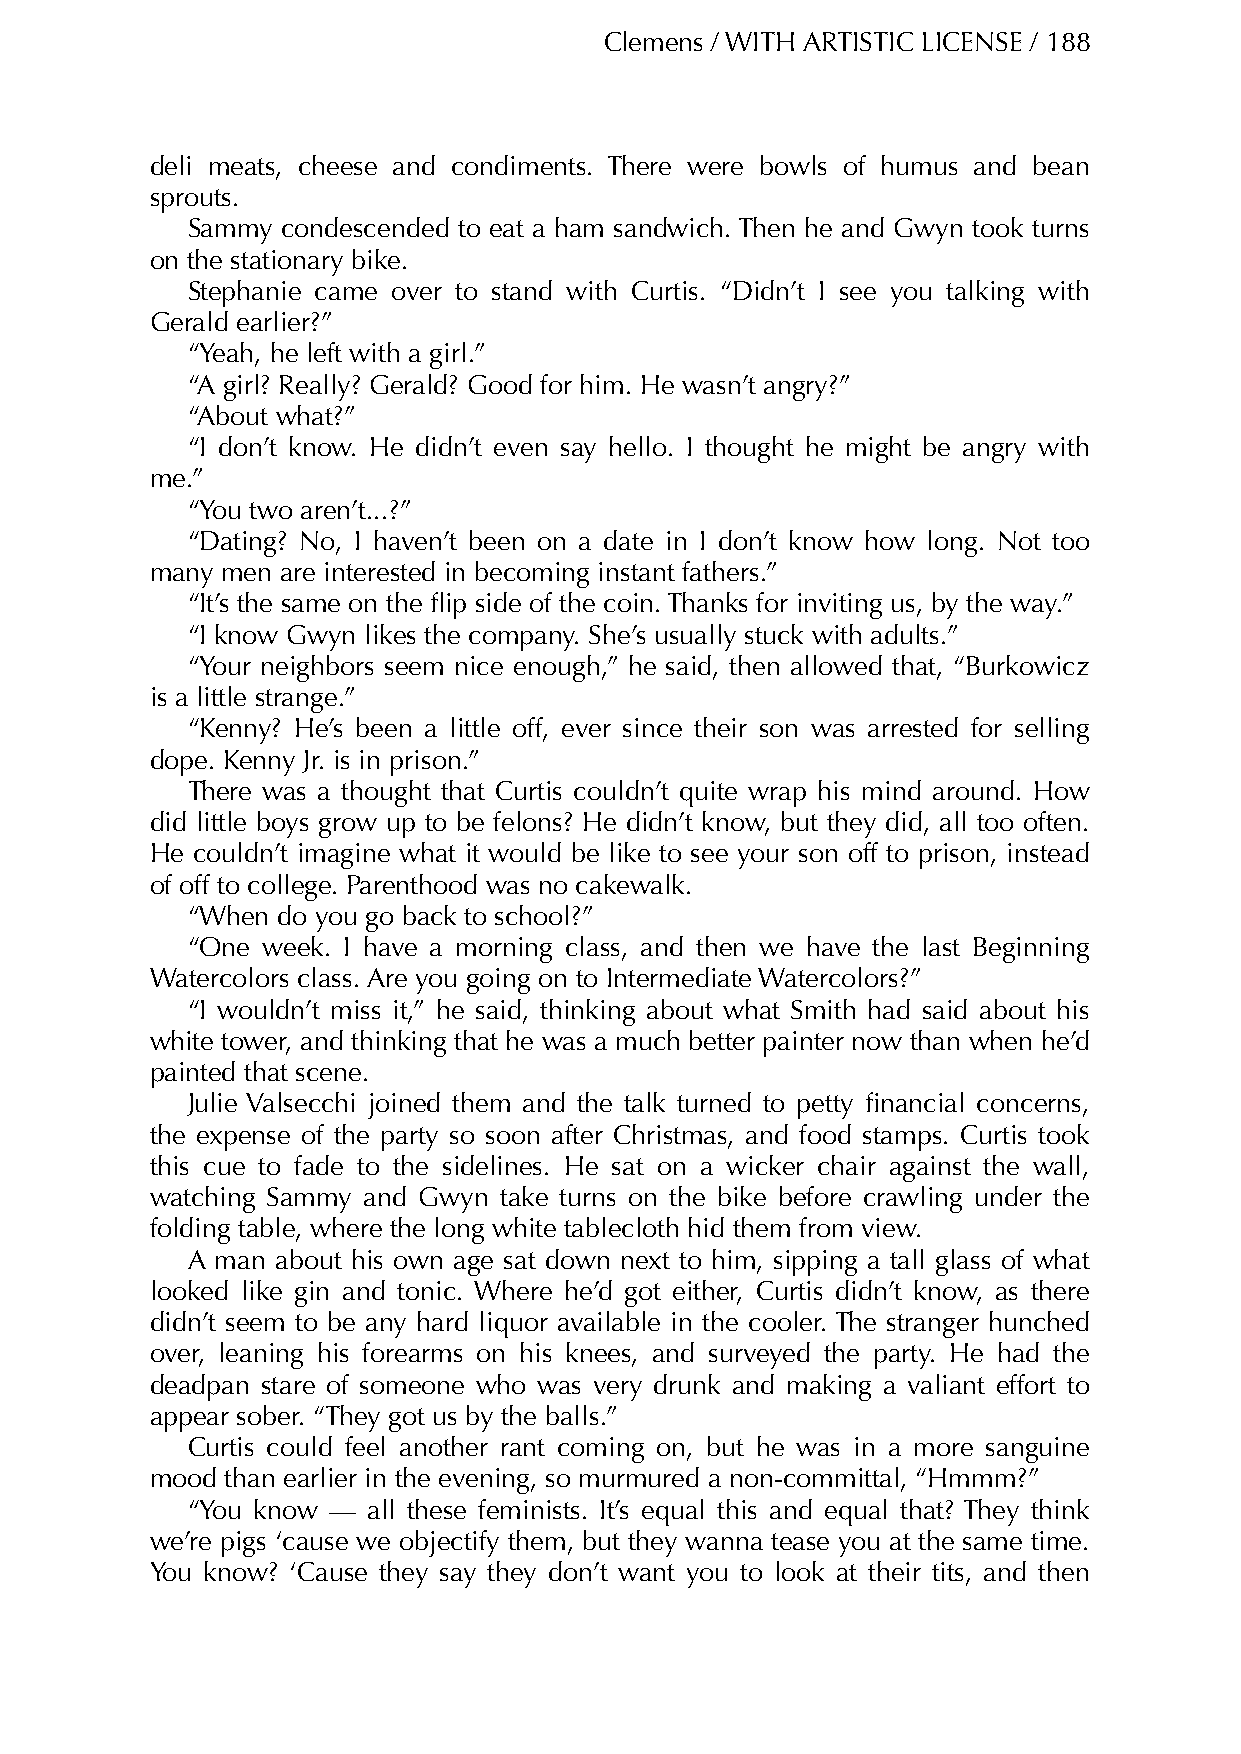
Clemens / WITH ARTISTIC LICENSE / 188
 deli meats, cheese and condiments. There were bowls of humus and bean
 sprouts.
 Sammy  condescended to eat a ham sandwich. Then he and Gwyn took turns
 on the stationary bike.
 Stephanie came over to stand with Curtis. “Didn’t I see you talking with
 Gerald earlier?”
 “Yeah, he left with a girl.”
 “A girl? Really? Gerald? Good for him. He wasn’t angry?”
 “About what?”
 “I don’t know. He didn’t even say hello. I thought he might be angry with
 me.”
 “You two aren’t...?”
 “Dating? No, I haven’t been on a date in I don’t know how long. Not too
 many men are interested in becoming instant fathers.”
 “It’s the same on the flip side of the coin. Thanks for inviting us, by the way.”
 “I know Gwyn likes the company. She’s usually stuck with adults.”
 “Your neighbors seem nice enough,” he said, then allowed that, “Burkowicz
 is a little strange.”
 “Kenny? He’s been a little off, ever since their son was arrested for selling
 dope. Kenny Jr. is in prison.”
 There was a thought that Curtis couldn’t quite wrap his mind around. How
 did little boys grow up to be felons? He didn’t know, but they did, all too often.
 He couldn’t imagine what it would be like to see your son off to prison, instead
 of off to college. Parenthood was no cakewalk.
 “When do you go back to school?”
 “One week. I have a morning class, and then we have the last Beginning
 Watercolors class. Are you going on to Intermediate Watercolors?”
 “I wouldn’t miss it,” he said, thinking about what Smith had said about his
 white tower, and thinking that he was a much better painter now than when he’d
 painted that scene.
 Julie Valsecchi joined them and the talk turned to petty financial concerns,
 the expense of the party so soon after Christmas, and food stamps. Curtis took
 this cue to fade to the sidelines. He sat on a wicker chair against the wall,
 watching Sammy and Gwyn take turns on the bike before crawling under the
 folding table, where the long white tablecloth hid them from view.
 A man about his own age sat down next to him, sipping a tall glass of what
 looked like gin and tonic. Where he’d got either, Curtis didn’t know, as there
 didn’t seem to be any hard liquor available in the cooler. The stranger hunched
 over, leaning his forearms on his knees, and surveyed the party. He had the
 deadpan stare of someone who was very drunk and making a valiant effort to
 appear sober. “They got us by the balls.”
 Curtis could feel another rant coming on, but he was in a more sanguine
 mood than earlier in the evening, so murmured a non-committal, “Hmmm?”
 “You know — all these feminists. It’s equal this and equal that? They think
 we’re pigs ‘cause we objectify them, but they wanna tease you at the same time.
 You know? ‘Cause they say they don’t want you to look at their tits, and then